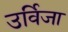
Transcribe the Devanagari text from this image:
उर्विजा